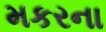
મકરના